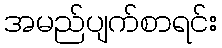
အမည်ပျက်စာရင်း